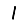
Digit: 1